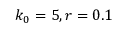
k _ { 0 } = 5 , r = 0 . 1